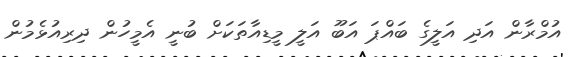
އުމްރާން އަދި އަލީގެ ބައްޕަ އަބޫ އަލީ މީޑިއާތަކަށް ބުނީ އެމީހުން ދިރިއުޅެމުން